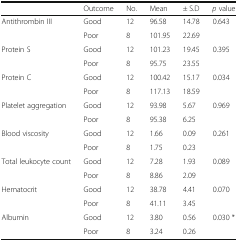
<table><thead><tr><td></td><td><b>Outcome</b></td><td><b>No.</b></td><td><b>Mean</b></td><td><b>± S.D</b></td><td><b><i>p</i> value</b></td></tr></thead><tbody><tr><td rowspan="2">Antithrombin III</td><td>Good</td><td>12</td><td>96.58</td><td>14.78</td><td rowspan="2">0.643</td></tr><tr><td>Poor</td><td>8</td><td>101.95</td><td>22.69</td></tr><tr><td rowspan="2">Protein S</td><td>Good</td><td>12</td><td>101.23</td><td>19.45</td><td rowspan="2">0.395</td></tr><tr><td>Poor</td><td>8</td><td>95.75</td><td>23.55</td></tr><tr><td rowspan="2">Protein C</td><td>Good</td><td>12</td><td>100.42</td><td>15.17</td><td rowspan="2">0.034</td></tr><tr><td>Poor</td><td>8</td><td>117.13</td><td>18.59</td></tr><tr><td rowspan="2">Platelet aggregation</td><td>Good</td><td>12</td><td>93.98</td><td>5.67</td><td rowspan="2">0.969</td></tr><tr><td>Poor</td><td>8</td><td>95.38</td><td>6.25</td></tr><tr><td rowspan="2">Blood viscosity</td><td>Good</td><td>12</td><td>1.66</td><td>0.09</td><td rowspan="2">0.261</td></tr><tr><td>Poor</td><td>8</td><td>1.75</td><td>0.23</td></tr><tr><td rowspan="2">Total leukocyte count</td><td>Good</td><td>12</td><td>7.28</td><td>1.93</td><td rowspan="2">0.089</td></tr><tr><td>Poor</td><td>8</td><td>8.86</td><td>2.09</td></tr><tr><td rowspan="2">Hematocrit</td><td>Good</td><td>12</td><td>38.78</td><td>4.41</td><td rowspan="2">0.070</td></tr><tr><td>Poor</td><td>8</td><td>41.11</td><td>3.45</td></tr><tr><td rowspan="2">Albumin</td><td>Good</td><td>12</td><td>3.80</td><td>0.56</td><td rowspan="2">0.030 *</td></tr><tr><td>Poor</td><td>8</td><td>3.24</td><td>0.26</td></tr></tbody></table>